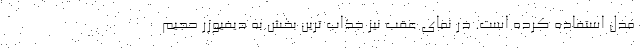
مدل استفاده کرده است. در نمای عقب نیز جذاب ترین بخش به دیفیوزر حجیم